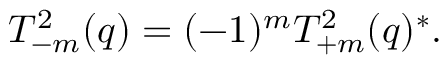
T _ { - m } ^ { 2 } ( q ) = ( - 1 ) ^ { m } T _ { + m } ^ { 2 } ( q ) ^ { * } .